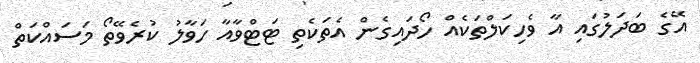
އޭގެ ބަދަލުގައި އާ ވެހިކަލްތަކެއް ހޯދައިގެން އެތަކެތި ޓަޓްވާއާ ހަވާލު ކުރެވޭތޯ މަސައްކަތް